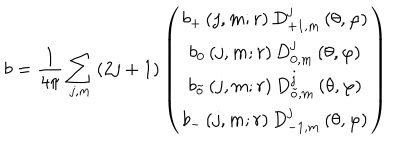
LaTeX: b = \frac { 1 } { 4 \pi } \sum _ { j , m } \left( 2 j + 1 \right) \left( \begin{array} { c } { { b _ { + } \left( j , m ; r \right) D _ { + 1 , m } ^ { j } \left( \theta , \varphi \right) } } \\ { { b _ { 0 } \left( j , m ; r \right) D _ { 0 , m } ^ { j } \left( \theta , \varphi \right) } } \\ { { b _ { \tilde { o } } \left( j , m ; r \right) D _ { \tilde { o } , m } ^ { j } \left( \theta , \varphi \right) } } \\ { { b _ { - } \left( j , m ; r \right) D _ { - 1 , m } ^ { j } \left( \theta , \varphi \right) } } \\ \end{array} \right)